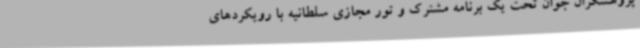
پژوهشگران جوان تحت یک برنامه مشترک و تور مجازی سلطانیه با رویکردهای